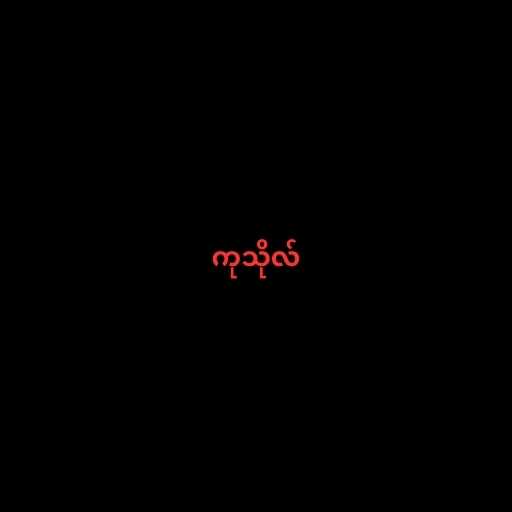
ကုသိုလ်